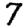
Digit: 7